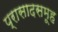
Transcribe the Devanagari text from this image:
प्रासादसमूह